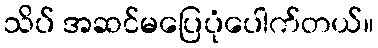
သိပ် အဆင်မပြေပုံပေါက်တယ်။